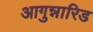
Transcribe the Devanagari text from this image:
आगुन्नारिड